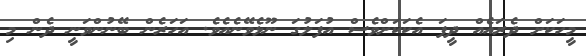
މީހަކަށް ދެރައެއް ދީފަ އެކަކަށްވެސް އުފަލުގަ ނޫޅެވޭނެއެވެ. އަހަރެން ބޭނުންވަނީ ދެން މި